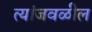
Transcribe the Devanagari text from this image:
त्यांजवळील